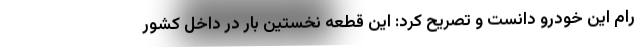
رام این خودرو دانست و تصریح کرد: این قطعه نخستین بار در داخل کشور